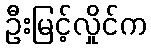
ဦးမြင့်လှိုင်က